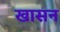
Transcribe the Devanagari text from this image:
खासन